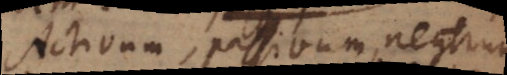
Activum, passivum, neutrum,